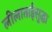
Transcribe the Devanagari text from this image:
लीलाताईंसुद्धा